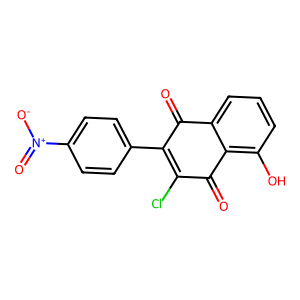
SMILES: O=C1C(c2ccc([N+](=O)[O-])cc2)=C(Cl)C(=O)c2c(O)cccc21
Inhibits HIV replication: No